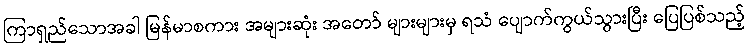
ကြာရှည်သောအခါ မြန်မာစကား အများဆုံး အတော် များများမှ ရသံ ပျောက်ကွယ်သွားပြီး ပြေပြစ်သည့်